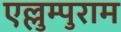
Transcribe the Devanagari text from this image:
एल्लुम्पुराम